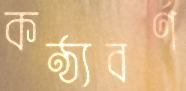
কণ্ঠ্যবর্ণ